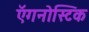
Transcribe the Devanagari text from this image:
ऍगनोस्टिक